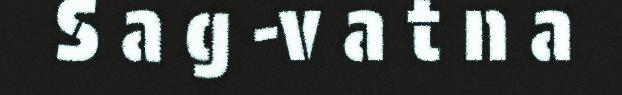
S a g -v a t n a